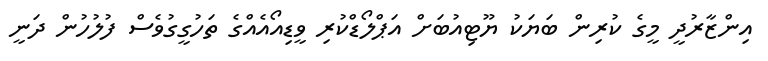
އިންޒާރުދީ މީގެ ކުރިން ބަޔަކު ޔޫޓިއުބަށް އަޕްލޯޑްކުރި ވީޑިއޯއެއްގެ ތަހުގީގުވެސް ފުލުހުން ދަނީ